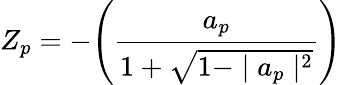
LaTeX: Z_{p}=-\Biggl(\frac{a_{p}}{1+\sqrt{1-\mid a_{p}\mid^{2}}}\Biggr)